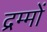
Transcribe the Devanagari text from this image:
द्रम्मों